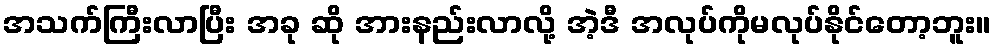
အသက်ကြီးလာပြီး အခု ဆို အားနည်းလာလို့ အဲ့ဒီ အလုပ်ကိုမလုပ်နိုင်တော့ဘူး။